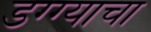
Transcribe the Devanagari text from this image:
डग्ग्याचा